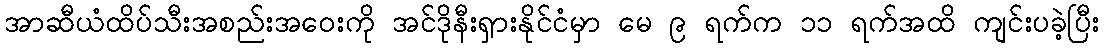
အာဆီယံထိပ်သီးအစည်းအဝေးကို အင်ဒိုနီးရှားနိုင်ငံမှာ မေ ၉ ရက်က ၁၁ ရက်အထိ ကျင်းပခဲ့ပြီး